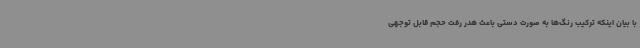
با بیان اینکه ترکیب رنگ‌ها به صورت دستی باعث هدر رفت حجم قابل توجهی